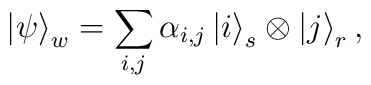
\left|\psi \right\rangle_{w} = \sum_{i,j} \alpha_{i,j} \left|i\right\rangle_{s}\otimes \left|j\right\rangle_{r},